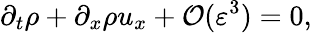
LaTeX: \partial_{t}\rho+\partial_{x}\rho u_{x}+\mathcal{O}(\varepsilon^{3})=0,